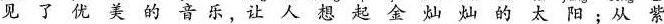
见了优美的音乐让人想起金灿灿的太阳:从紫